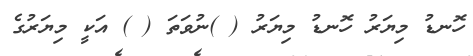
ހޮނޑު މިޔަރު ހޮނޑު މިޔަރު ( )ނުވަތަ ( ) އަކީ މިޔަރުގެ